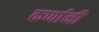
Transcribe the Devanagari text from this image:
कर्णानी